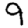
Digit: 9